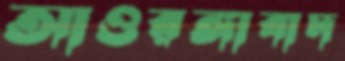
আওরঙ্গাবাদ